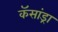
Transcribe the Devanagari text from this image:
कॅसांड्रा